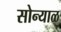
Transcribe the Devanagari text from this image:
सोन्याळ